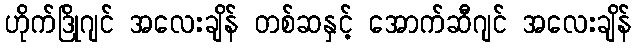
ဟိုက်ဒြိုဂျင် အလေးချိန် တစ်ဆနှင့် အောက်ဆီဂျင် အလေးချိန်